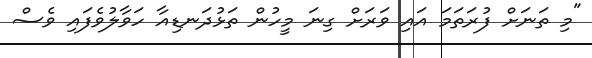
"މި ތަނަށް ފުރަތަމަ އައި ވަރަށް ގިނަ މީހުން ތަޅުދަނޑިއާ ހަވާލުވެފައި ވެސް